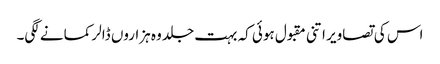
اس کی تصاویر اتنی مقبول ہوئی کہ بہت جلد وہ ہزاروں ڈالر کمانے لگی۔